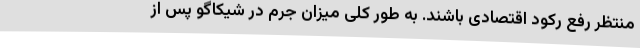
منتظر رفع رکود اقتصادی باشند. به طور کلی میزان جرم در شیکاگو پس از